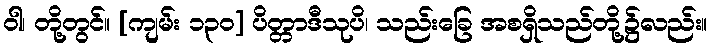
ဝါ၊ တို့တွင်။ [ကျမ်း ၁၃၀] ပိတ္တာဒီသုပိ၊ သည်းခြေ အစရှိသည်တို့၌လည်း။